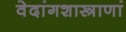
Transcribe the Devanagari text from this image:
वेदांगशास्त्राणां